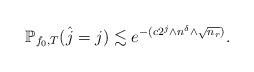
LaTeX: \begin{align*}\mathbb{P}_{f_0,T}(\hat{j}=j)\lesssim e^{-(c 2^{j}\wedge n^{\delta}\wedge \sqrt{n_r})}.\end{align*}